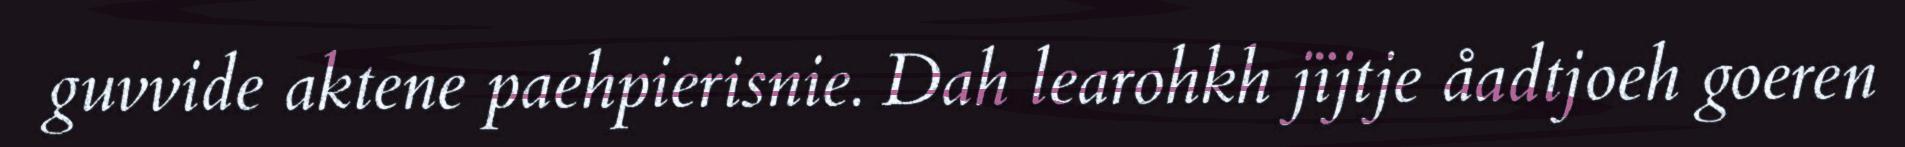
guvvide aktene paehpierisnie. Dah learohkh jïjtje åadtjoeh goeren